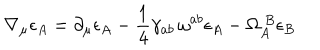
LaTeX: \nabla _ { \mu } \epsilon _ { A } = \partial _ { \mu } \epsilon _ { A } - \frac { 1 } { 4 } \gamma _ { a b } \, \omega ^ { a b } \epsilon _ { A } - \Omega _ { A } ^ { ~ B } \epsilon _ { B }